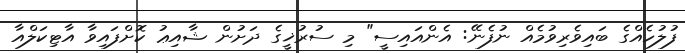
ފުލުހެއްގެ ބައިވެރިވުމެއް ނުފެނޭ: އެންއައިސީ" މި ސުރުޚީގެ ދަށުން ޝާއިޢު ކޮށްފައިވާ އާޓިކަލްއާ